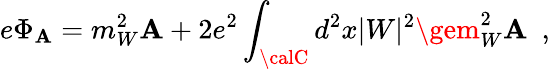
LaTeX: e\Phi_{\mathbf{A}}=m_{W}^{2}\mathbf{A}+2e^{2}\int_{\calC}d^{2}x|W|^{2}\gem_{W}^{2}\mathbf{A}~~,